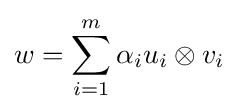
w=\sum _{i=1}^{m}\alpha _{i}u_{i}\otimes v_{i}